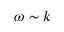
\omega \sim k